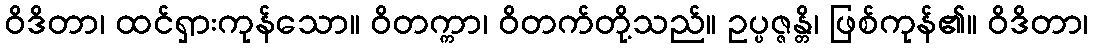
ဝိဒိတာ၊ ထင်ရှားကုန်သော။ ဝိတက္ကာ၊ ဝိတက်တို့သည်။ ဥပ္ပဇ္ဇန္တိ၊ ဖြစ်ကုန်၏။ ဝိဒိတာ၊